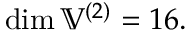
\dim \mathbb { V } ^ { ( 2 ) } = 1 6 .